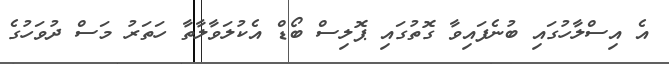
އެ އިސްލާހުގައި ބުނެފައިވާ ގޮތުގައި ޕޮލިސް ބޯޑް އެކުލަވާލާތާ ހަތަރު މަސް ދުވަހުގެ